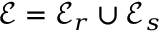
\mathcal { E } = \mathcal { E } _ { r } \cup \mathcal { E } _ { s }